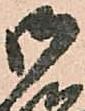
御